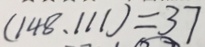
( 1 4 8 , 1 1 1 ) = 3 7